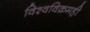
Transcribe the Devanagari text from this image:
विश्वविक्रमही